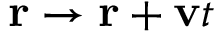
\mathbf { r } \rightarrow \mathbf { r } + \mathbf { v } t